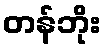
တန်ဘိုး